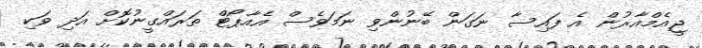
ޖީއެމްއާރުން އެ ފައިސާ ނަގަން ބޭނުންވި ނަމަވެސް އެއާޕޯޓް ތަރައްގީނުކޮށް އަދި ވަކި